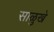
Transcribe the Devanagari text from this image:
साळुखे